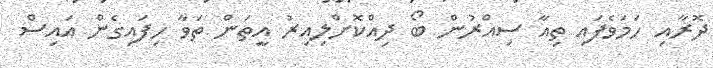
ދޮރާއި ހަމަވެފައި ތިއާ ސިއްރުން ބޯ ދިއްކޮށްލިއިރު އީތަން ތަވާ ހިފައިގެން އައިސް